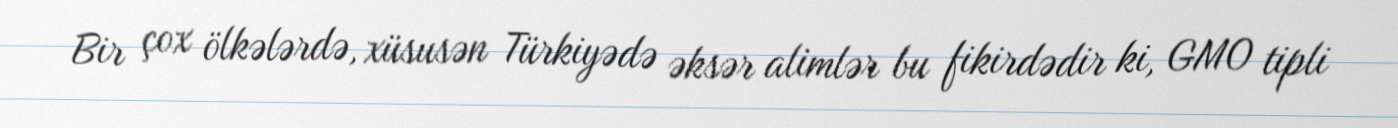
Bir çox ölkələrdə, xüsusən Türkiyədə əksər alimlər bu fikirdədir ki, GMO tipli